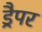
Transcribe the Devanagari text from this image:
ड्रैपर